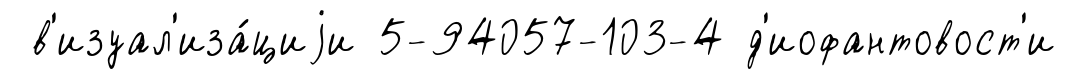
в'изуал'иза́циjи 5-94057-103-4 д'иофантовост'и